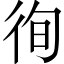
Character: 徇